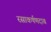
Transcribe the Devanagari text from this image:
रसाकर्षणदाब